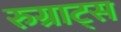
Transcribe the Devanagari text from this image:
रुग्राट्स